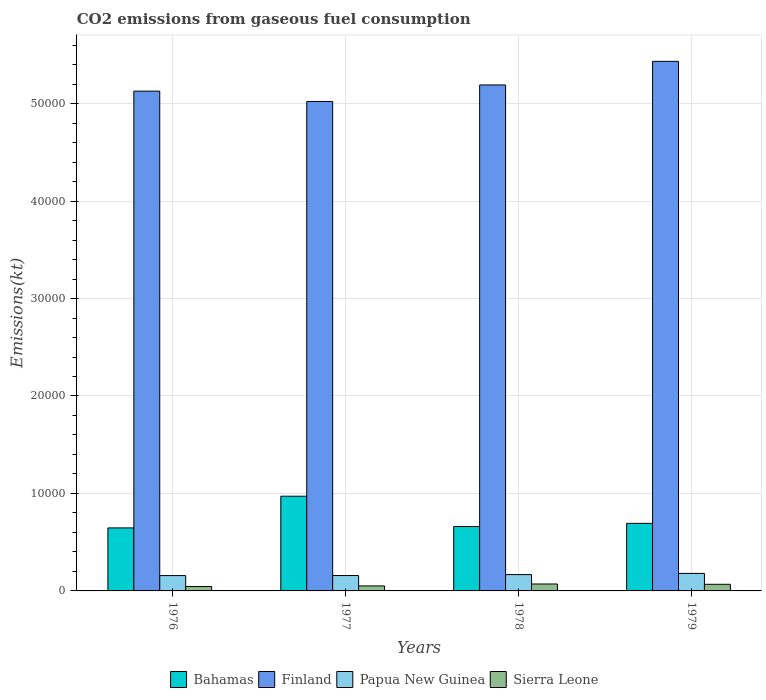
| Years | Bahamas | Finland | Papua New Guinea | Sierra Leone |
 | --- | --- | --- | --- | --- |
 | 1976 | 6.46e+03 | 5.13e+04 | 1.57e+03 | 451 |
 | 1977 | 9.72e+03 | 5.02e+04 | 1.58e+03 | 513 |
 | 1978 | 6.61e+03 | 5.19e+04 | 1.68e+03 | 711 |
 | 1979 | 6.93e+03 | 5.43e+04 | 1.8e+03 | 678 |